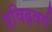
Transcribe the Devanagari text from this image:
द्रविढ़वर्ग